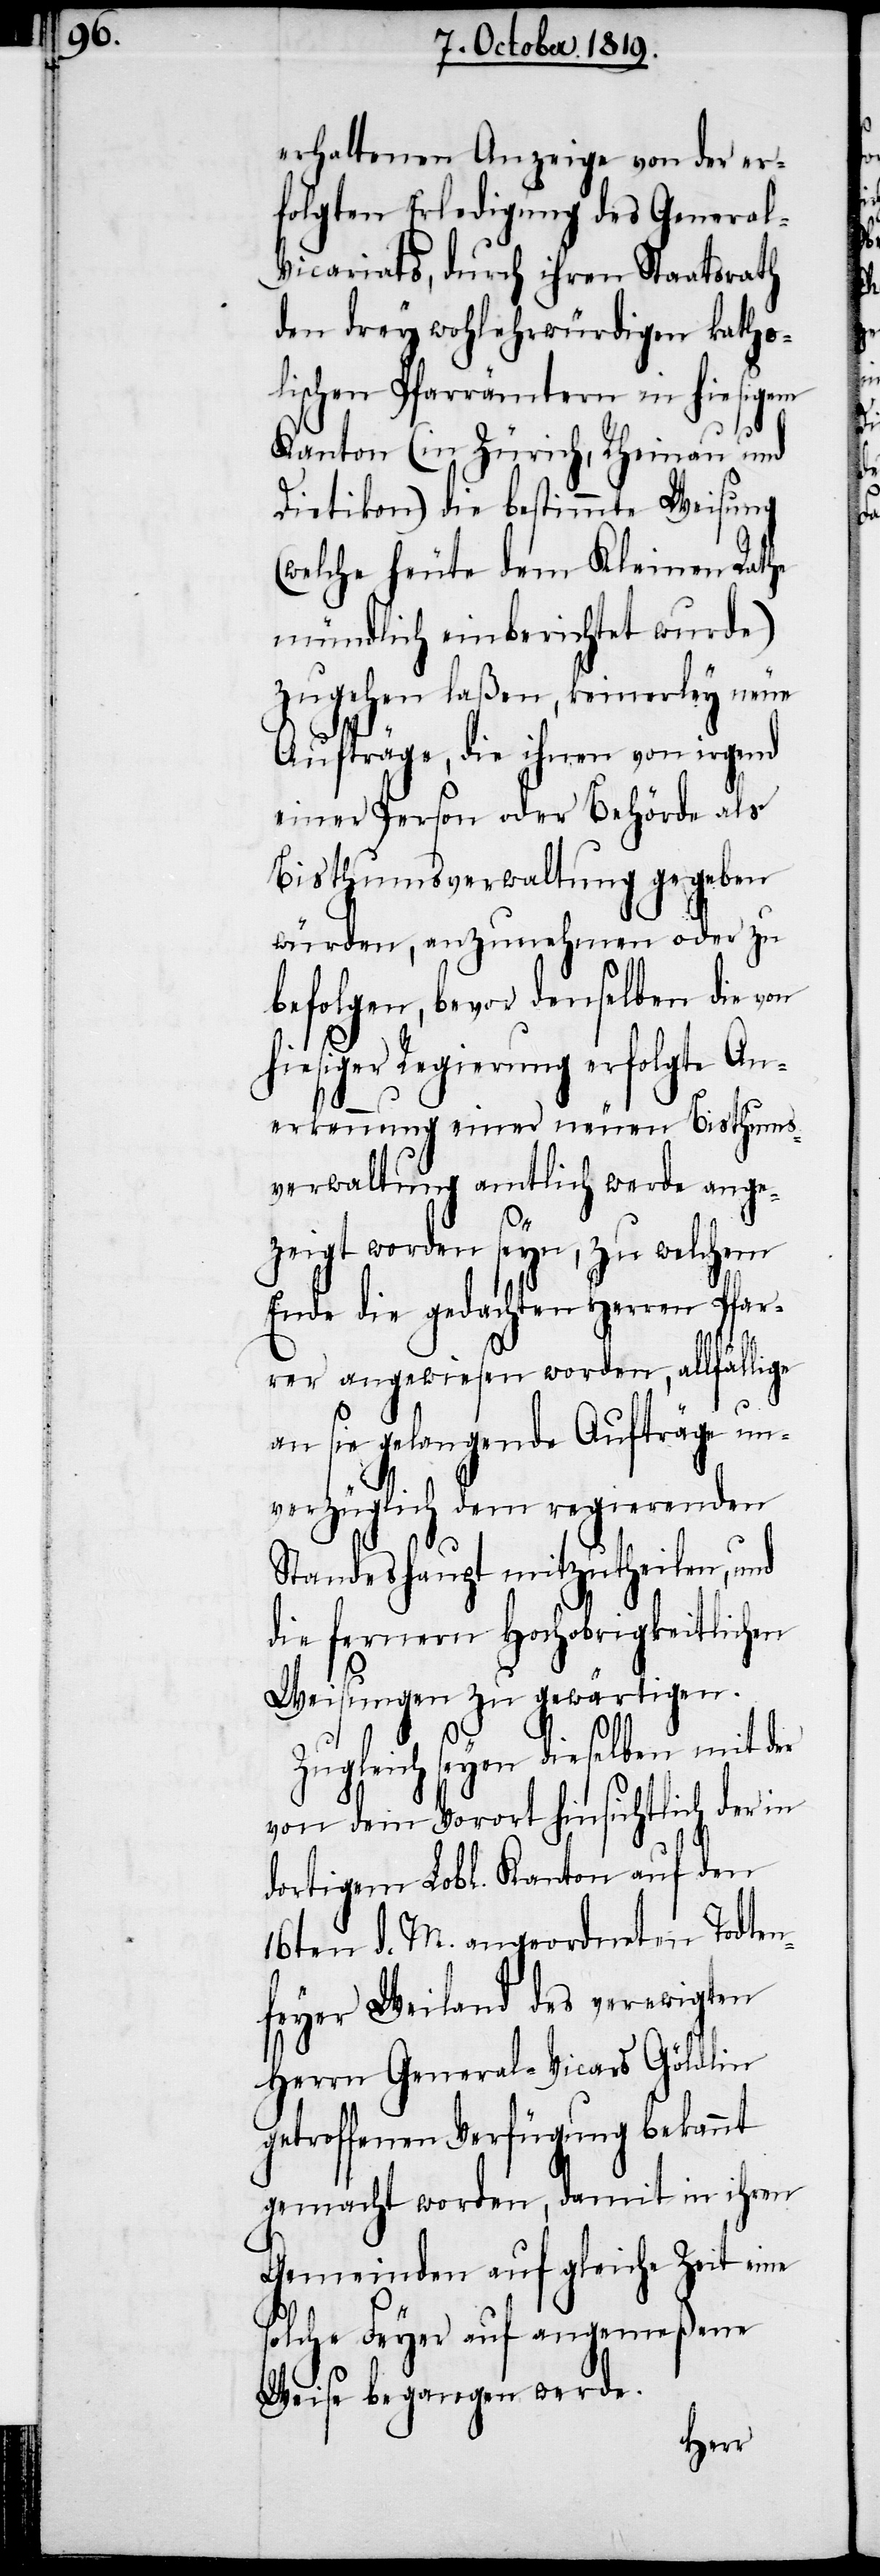
erhaltnenen Anzeige von der er¬
folgten Erledigung des Genera¬
l-Vicariats, durch ihren Staatsrath
den drey wohlehrwürdigen katho¬
lischen Pfarrämtern in hiesigem
Kanton (in Zürich, Rheinau und
Dietikon) die bestimmte Weisung
(welche heute dem Kleinen Rathe
mündlich einberichtet wurde)
zugehen laßen, keinerley neue
Aufträge, die ihnen von irgend
einer Person oder Behörde als
Bisthumsverwaltung gegeben
würden, anzunehmen oder zu
befolgen, bevor denselben die von
hiesiger Regierung erfolgte An¬
erkennung einer neuen Bisthums¬
verwaltung amtlich werde ange¬
zeigt worden seyn, zu welchem
Ende die gedachten Herren Pfar¬
rer angewiesen worden, allfällige
an sie gelangende Aufträge un¬
verzüglich dem regierenden
Standeshaupt mitzutheilen, und
die fernern Hochobrigkeitlichen
Weisungen zu gewärtigen.
Zugleich seyen dieselben mit der
von dem Vorort hinsichtlich der in
dortigem Lobl. Kanton auf den
16ten d. M. angeordneten Todten¬
feyer Weiland des verewigten
Herrn General-Vicars Göldlin
getroffenen Verfügung bekannt
gemacht worden, damit in ihren
Gemeinden auf gleiche Zeit eine
solche Feyer auf angemeßene
Weise begangen werde.